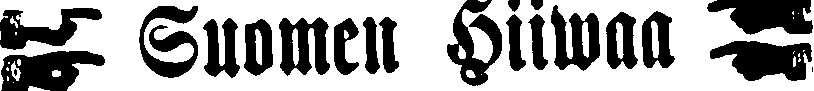
# Suomen Hiiwaa #